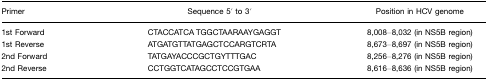
| Primer | Sequence 5′ to 3′ | Position in HCV genome |
 | --- | --- | --- |
 | 1st Forward | CTACCATCA TGGCTAARAAYGAGGT | 8,008–8,032 (in NS5B region) |
 | 1st Reverse | ATGATGTTATGAGCTCCARGTCRTA | 8,673–8,697 (in NS5B region) |
 | 2nd Forward | TATGAYACCCGCTGYTTTGAC | 8,256–8,276 (in NS5B region) |
 | 2nd Reverse | CCTGGTCATAGCCTCCGTGAA | 8,616–8,636 (in NS5B region) |